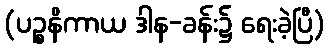
(ပဉ္စနိကာယ ဒါန-ခန်း၌ ရေးခဲ့ပြီ)